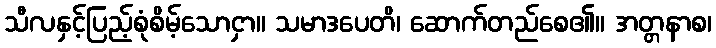
သီလနှင့်ပြည့်စုံစိမ့်သောငှာ။ သမာဒပေတိ၊ ဆောက်တည်စေ၏။ အတ္တနာစ၊